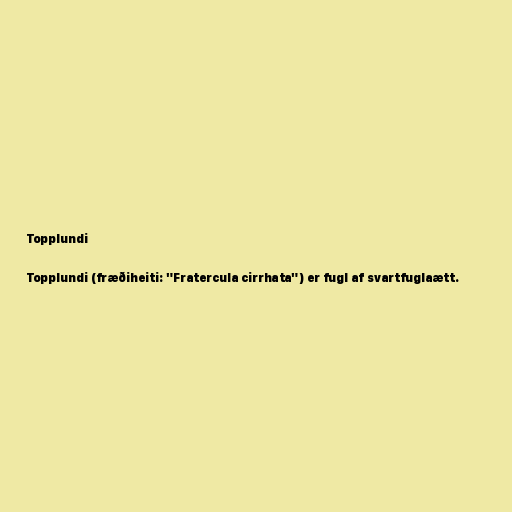
Topplundi

Topplundi (fræðiheiti: "Fratercula cirrhata") er fugl af svartfuglaætt.